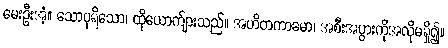
မေးဦးအံ့။ သောပုရိသော၊ ထိုယောက်ျားသည်။ အဟိတကာမော၊ အစီးအပွားကိုအလိုမရှိ၍။